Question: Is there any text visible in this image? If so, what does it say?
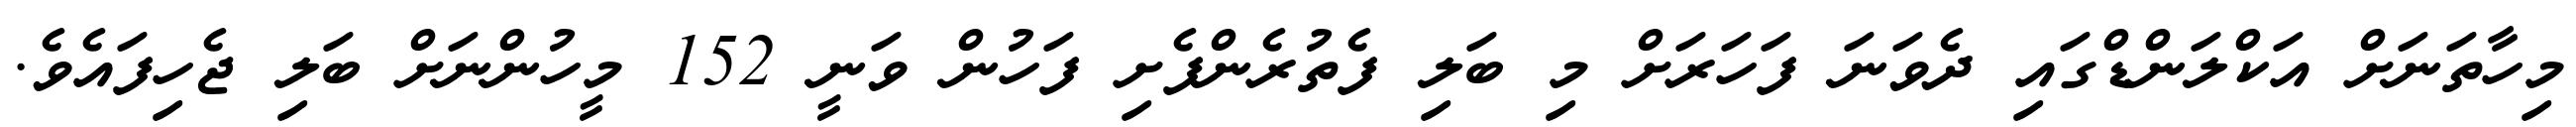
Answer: މިހާތަނަށް އަކްލަންޑްގައި ދެވަނަ ފަހަރަށް މި ބަލި ފެތުރެންފެށި ފަހުން ވަނީ 152 މީހުންނަށް ބަލި ޖެހިފައެވެ.